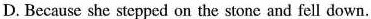
D. Because she stepped on the stone and fell down.